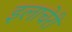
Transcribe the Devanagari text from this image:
इलाचेरी